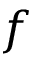
f